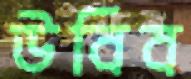
উবিব